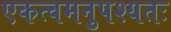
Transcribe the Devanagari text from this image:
एकत्वमनुपश्यतः